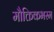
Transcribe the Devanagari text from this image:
मौक्तिकभस्म